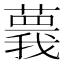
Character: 𦾒